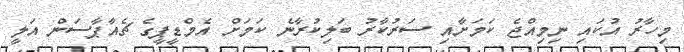
މިހާރު އުކައި ނިމިއްޖެ ކަމަށާއި ސަރުކާރު ބަލިކުރާނެ ކަމަށް އެމްޑީޕީގެ ޗެއާޕާސަން އަލީ